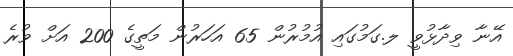
އޭނާ ވިދާޅުވީ ލ.ގަމުގައި އުމުރުން 65 އަހަރުން މަތީގެ 200 އަށް ވުރެ